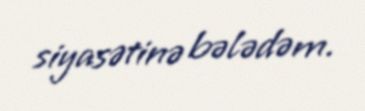
siyasətinə bələdəm.